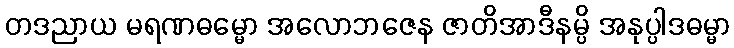
တဒညာယ မရဏဓမ္မော အလောဘဇေန ဇာတိအာဒီနမ္ပိ အနုပ္ပါဒဓမ္မာ